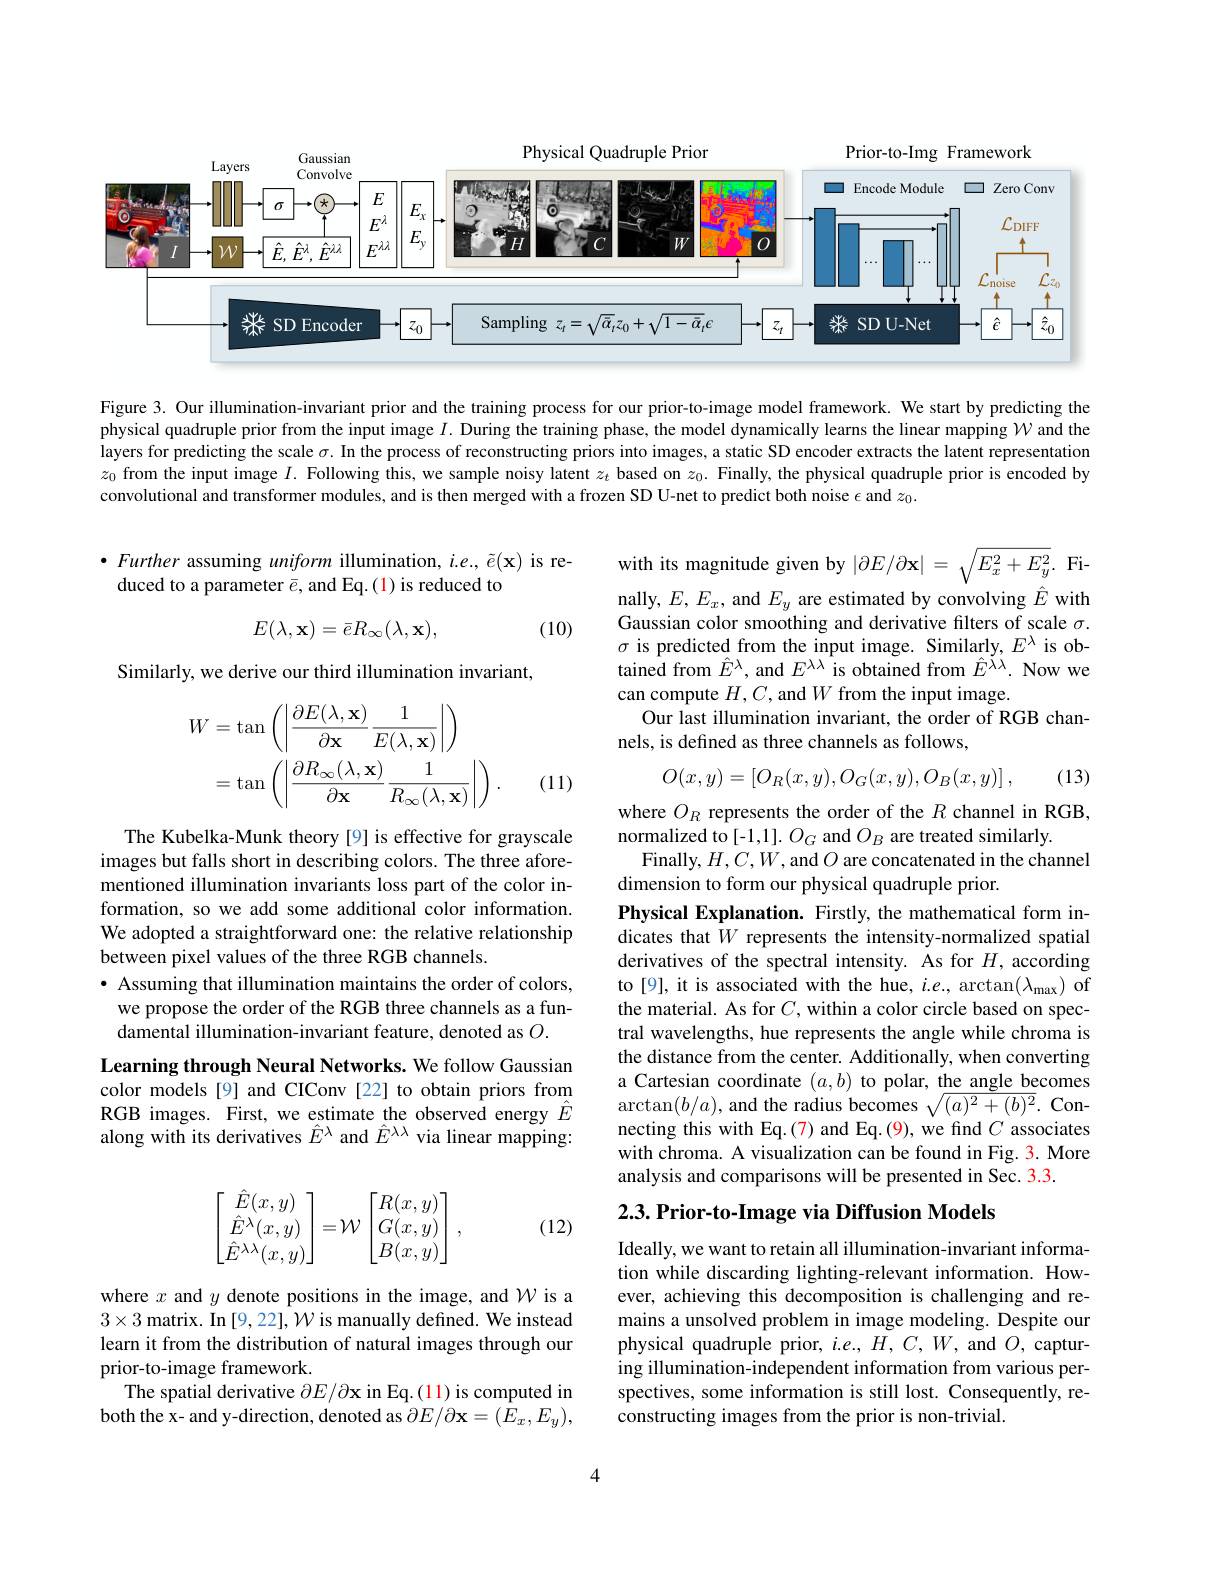
Physical Quadruple Prior
<FigureHere>

Prior-to-Img Framework

Figure 3. Our illumination-invariant prior and the training process for our prior-to-image model framework. We start by predicting the physical quadruple prior from the input image $I.$ During the training phase, the model dynamically learns the linear mapping $\mathcal{W}$ and the layers for predicting the scale $\sigma.$ In the process of reconstructing priors into images, a static SD encoder extracts the latent representation $z_0$ from the input image $I.$ Following this, we sample noisy latent $z_t$ based on $z_0.$ Finally, the physical quadruple prior is encoded by convolutional and transformer modules, and is then merged with a frozen SD U-net to predict both noise $\epsilon$ and $z_0.$

$\bullet$ Further assuming uniform illumination, $i.e.,\tilde{e}(\mathbf{x})$ is re-
duced to a parameter $\bar{e}$, and Eq.(1) is reduced to
$$E(\lambda,\mathbf{x})=\bar{e}R_{\infty}(\lambda,\mathbf{x}),$$
(10)

with its magnitude given by $|\partial E/\partial\mathbf{x}|=\sqrt{E_{x}^{2}+E_{y}^{2}}.$ Finally, $E,E_x$, and $E_y$ are estimated by convolving $\hat{E}$ with Gaussian color smoothing and derivative filters of scale $\sigma.$ $\sigma$ is predicted from the input image. Similarly, $E^\lambda$ is obtained from $\hat{E}^{\lambda}$, and $E^{\lambda\lambda}$ is obtained from $\hat{E}^{\lambda\lambda}.$ Now we can compute $H,C$, and $W$ from the input image.
Our last illumination invariant, the order of RGB chan-
nels, is defined as three channels as follows,

Similarly, we derive our third illumination invariant,
$$\begin{aligned}\text{W}&=\tan\left(\left|\frac{\partial E(\lambda,\mathbf{x})}{\partial\mathbf{x}}\frac{1}{E(\lambda,\mathbf{x})}\right|\right)\\&=\tan\left(\left|\frac{\partial R_{\infty}(\lambda,\mathbf{x})}{\partial\mathbf{x}}\frac{1}{R_{\infty}(\lambda,\mathbf{x})}\right|\right).\end{aligned}$$
$$O(x,y)=\left[O_R(x,y),O_G(x,y),O_B(x,y)\right],$$
(13)

(11)

where $O_R$ represents the order of the $R$ channel in RGB,
normalized to[-1,1]. $O_G$ and $O_B$ are treated similarly.
Finally, $H,C,W$, and $O$ are concatenated in the channel
dimension to form our physical quadruple prior.

The Kubelka-Munk theory [9] is effective for grayscale images but falls short in describing colors. The three aforementioned illumination invariants loss part of the color information, so we add some additional color information. We adopted a straightforward one: the relative relationship between pixel values of the three RGB channels.
$\bullet$ Assuming that illumination maintains the order of colors, we propose the order of the RGB three channels as a fundamental illumination-invariant feature, denoted as $O.$

Physical Explanation. Firstly, the mathematical form indicates that $\bar{W}$ represents the intensity-normalized spatial derivatives of the spectral intensity. As for $H$, according to[9], it is associated with the hue, $i.e.$, arctan($\lambda_\mathrm{max})$ of the material. As for $C$, within a color circle based on spectral wavelengths, hue represents the angle while chroma is the distance from the center. Additionally, when converting a Cartesian coordinate $(a,b)$ to polar, the angle becomes $\arctan(b/a)$, and the radius becomes $\sqrt ( a) ^2+ ( b) ^2. \textbf{Con- }$ necting this with Eq.(7) and Eq.(9), we find $C$ associates with chroma. A visualization can be found in Fig. 3. More analysis and comparisons will be presented in Sec. 3.3.

Learning through Neural Networks. We follow Gaussian color models [9] and CIConv [22] to obtain priors from RGB images. First, we estimate the observed energy $\hat{E}$ along with its derivatives $\hat{E}^\lambda$ and $\hat{E}^{\lambda\lambda}$ via linear mapping:

$2. 3. \textbf{Prior- to- Image via Diffusion Models}$

(12)
$$\begin{bmatrix}\hat E(x,y)\\\hat E^\lambda(x,y)\\\hat E^{\lambda\lambda}(x,y)\end{bmatrix}=\mathcal W\begin{bmatrix}R(x,y)\\G(x,y)\\B(x,y)\end{bmatrix},$$
Ideally, we want to retain all illumination-invariant information while discarding lighting-relevant information. However, achieving this decomposition is challenging and remains a unsolved problem in image modeling. Despite our physical quadruple prior, $i.e.,H,C,W$, and $O$, capturing illumination-independent information from various perspectives, some information is still lost. Consequently, reconstructing images from the prior is non-trivial.

where $x$ and $y$ denote positions in the image, and $\mathcal W$ is a $3\times3$ matrix. In [9, 22], W is manually defined. We instead learn it from the distribution of natural images through our prior-to-image framework.
The spatial derivative $\partial E/\partial\mathbf{x}$ in Eq.(11) is computed in both the x- and y-direction, denoted as $\partial E/\partial\mathbf{x}=(E_x,E_y)$,

4